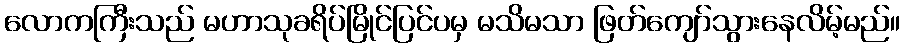
လောကကြီးသည် မဟာသုခရိပ်မြိုင်ပြင်ပမှ မသိမသာ ဖြတ်ကျော်သွားနေလိမ့်မည်။